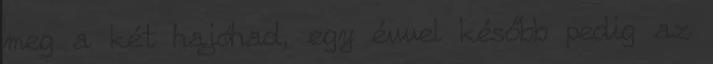
meg a két hajóhad, egy évvel később pedig az